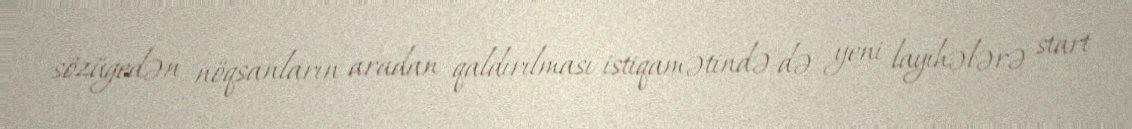
sözügedən nöqsanların aradan qaldırılması istiqamətində də yeni layihələrə start